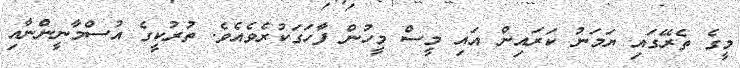
މީގެ ތެރޭގައި ޔަމަނު ކަރައިން އައި މީސް މީހުން ފާހަގަކުރެވެއެވެ. ތުރުކީގެ އުސްމާނީންނާއި